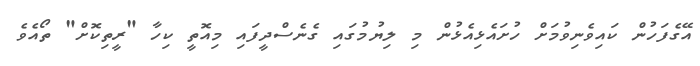
އޭގެފަހުން ކައިވެނިވުމަށް ހުށައެޅިއެޅުން މި ލިޔުމުގައި ގެނެސްދީފައި މިއޮތީ ކިހާ "ރީތިކޮށް" ތޯއެވެ